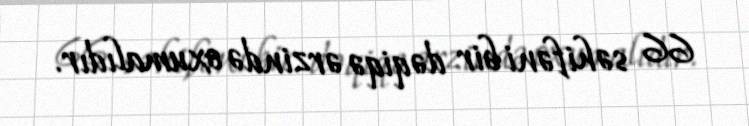
66 səhifəni bir dəqiqə ərzində oxumalıdır.